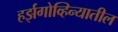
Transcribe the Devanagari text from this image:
हर्झगोव्हिन्यातील